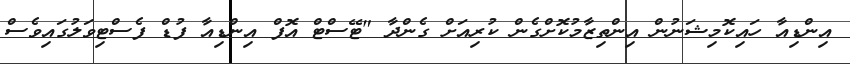
އިންޑިއާ ހައިކޮމިޝަނުން އިންތިޒާމުކޮށްގެން ކުރިއަށް ގެންދާ "ޓޭސްޓް އޮފް އިންޑިއާ ފުޑް ފެސްޓިވަލުގައިވެސް